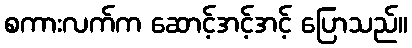
စကားလက်က ဆောင့်အင့်အင့် ပြောသည်။